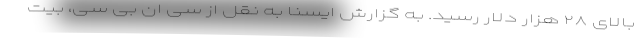
بالای ۲۸ هزار دلار رسید. به گزارش ایسنا به نقل از سی ان بی سی، بیت